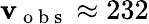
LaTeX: \mathbf{v}_{\mathrm{{~o~b~s~}}}\approx232